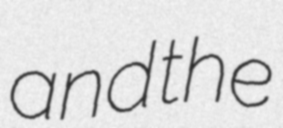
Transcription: and the